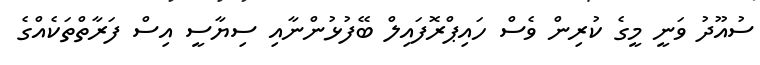
ސުއޫދު ވަނީ މީގެ ކުރިން ވެސް ހައިޕްރޮފައިލް ބޭފުޅުންނާއި ސިޔާސީ އިސް ފަރާތްތަކެއްގެ